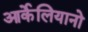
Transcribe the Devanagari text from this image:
आर्केलियानो